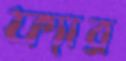
ফ্যাব্র